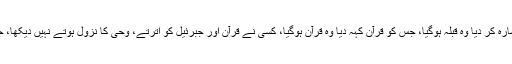
جس کی طرف ہاتھ کرکے کہہ دیا یہ کعبہ ہے وہی کعبہ ہوگیا، جس سمت اشارہ کر دیا وہ قبلہ ہوگیا، جس کو قرآن کہہ دیا وہ قرآن ہوگیا، کسی نے قرآن اور جبرئیل کو اترتے، وحی کا نزول ہوتے نہیں دیکھا، جو مصطفیٰ صلی اللہ علیہ وآلہ وسلم نے کہہ دیا وہی قرآن اور وہی کعبہ ہوگیا۔